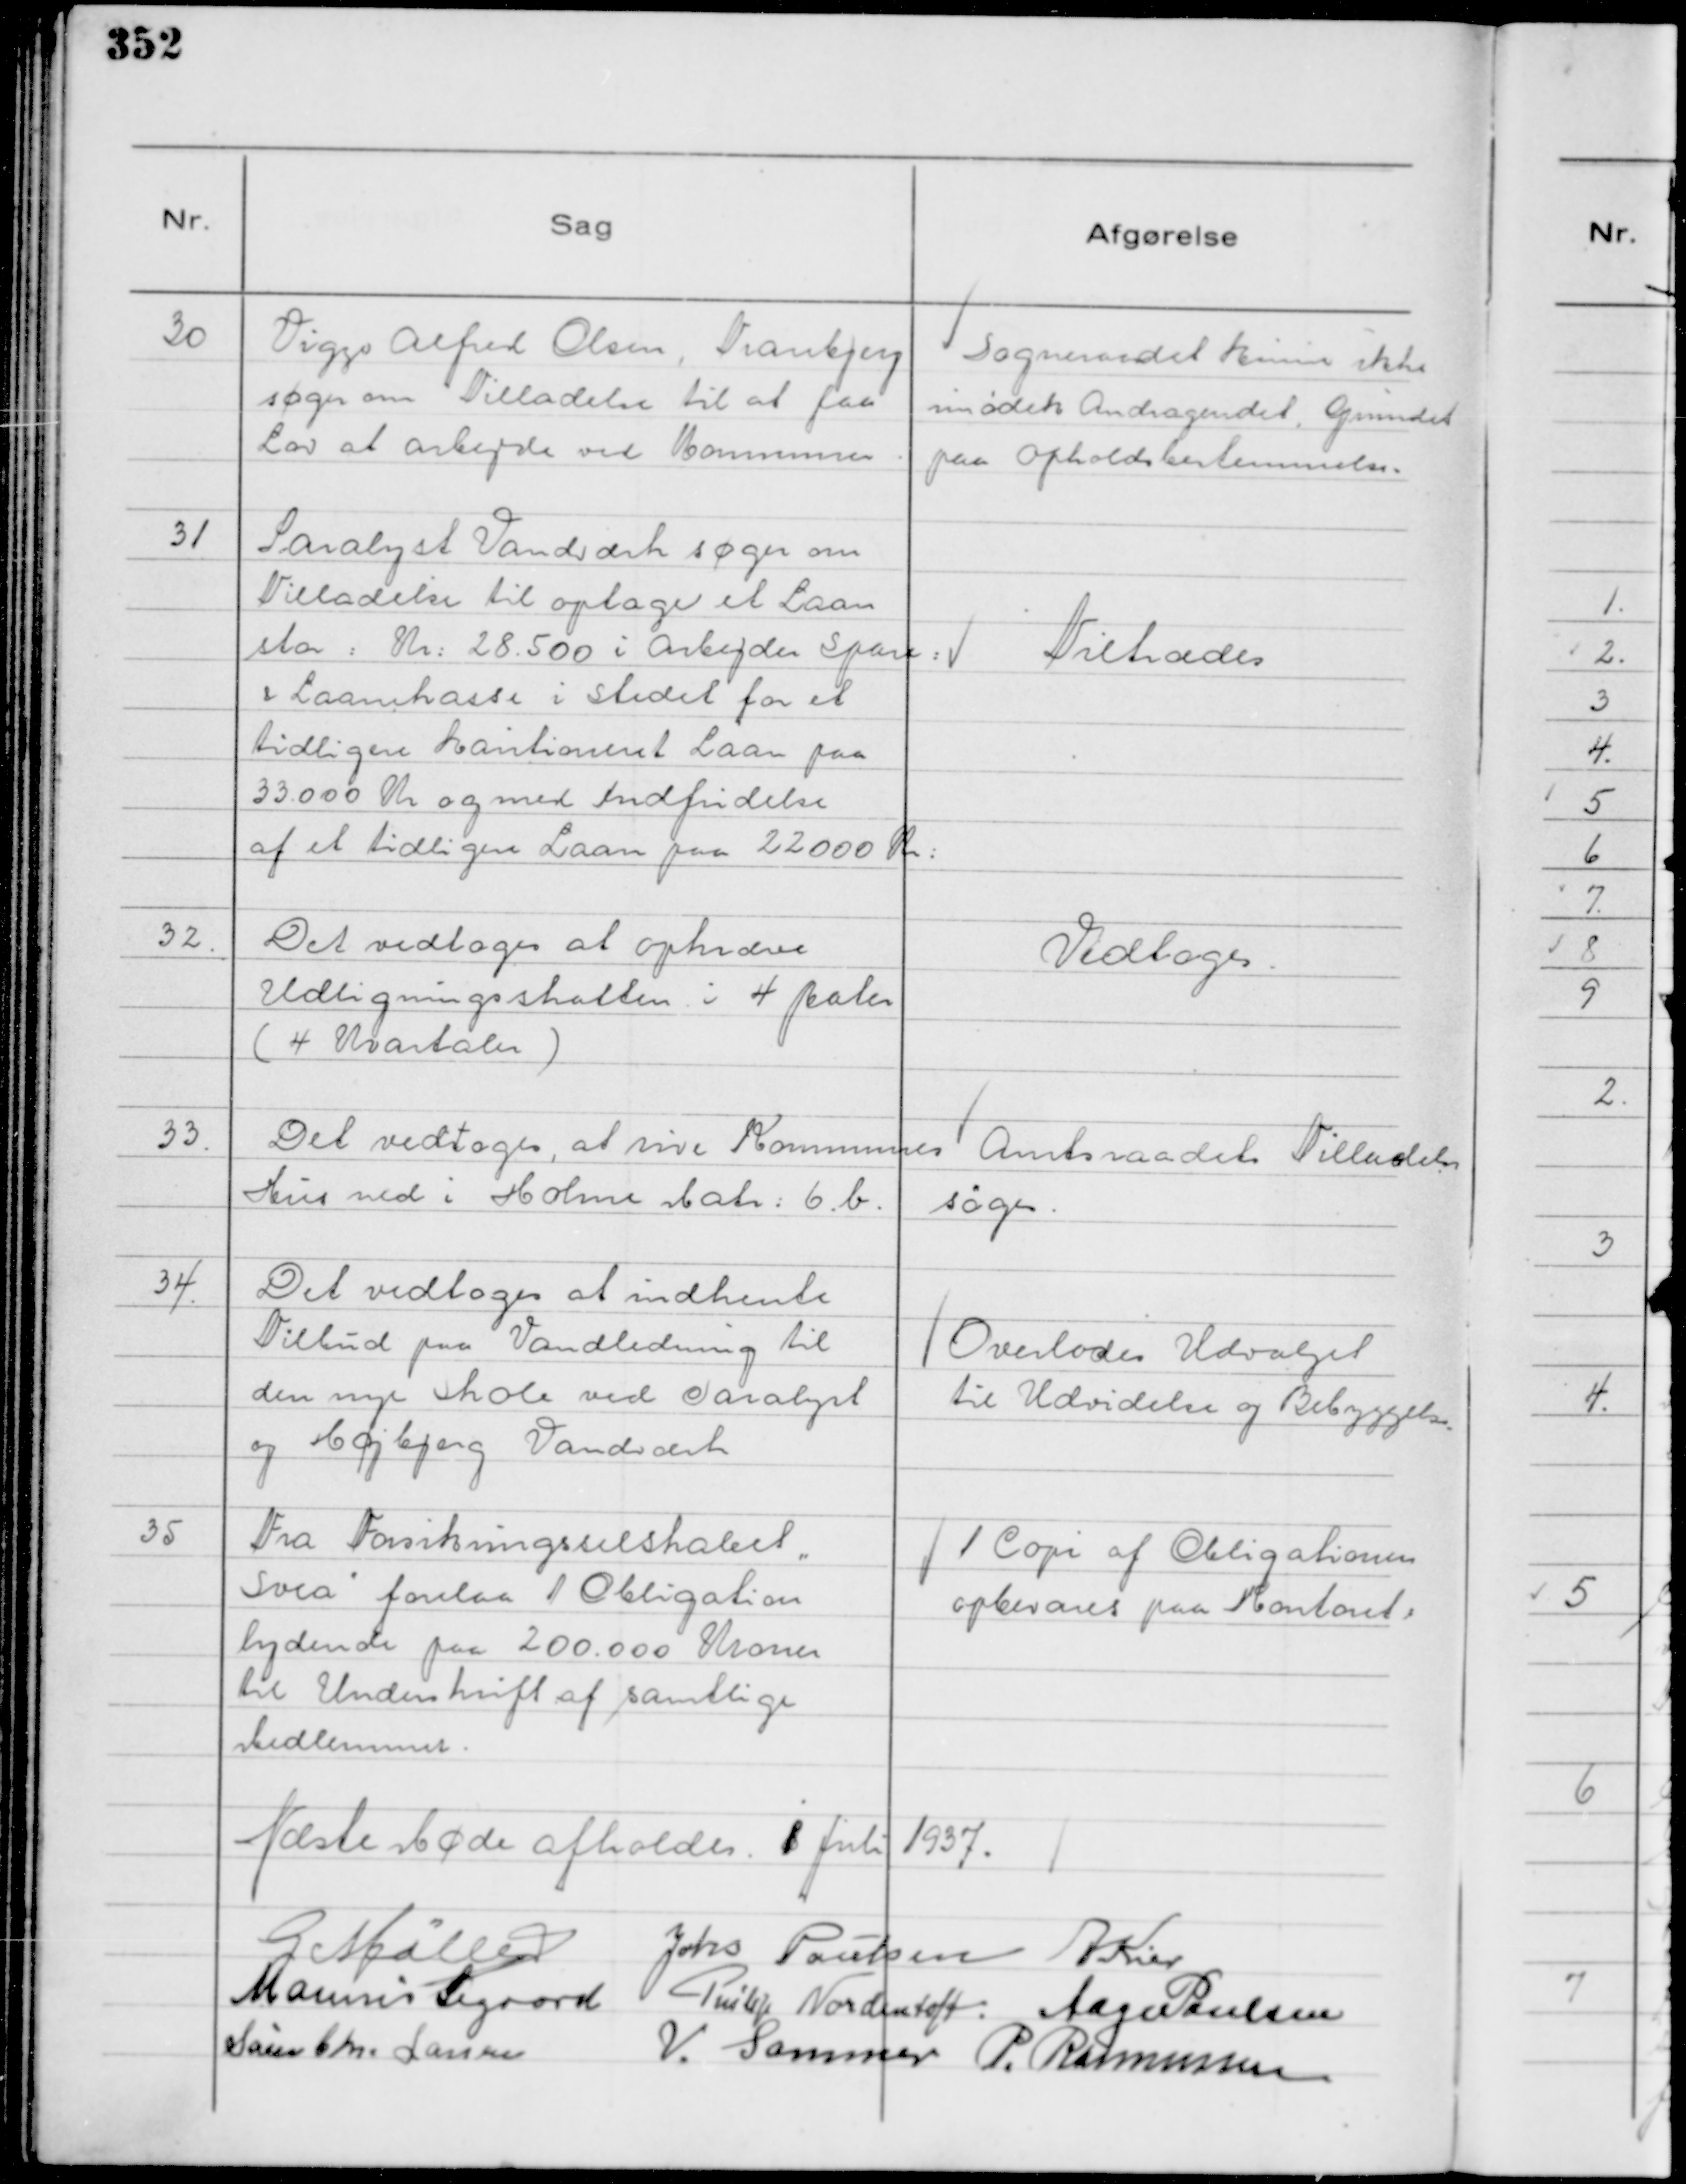
Transskription:
30
Viggo Alfred Olsen, Tranbjerg
søger om Tilladelse til at faa
Lov at arbejde ved Kommunen.

Sogneraadet kunne ikke
imødek Andragendet. Grundet
paa Opholdsbestemmelse.

31
Saralyst Vandværk søger om
Tilladelse til optage et Laan
stor: Kr: 28.500 i Arbejder Spare:
& Laanekasse i Stedet for et
tidligere kautioneret Laan paa
33.000 Kr og med Indfridelse
af et tidligere Laan paa 22000 Kr:

Tiltrædes

32.
Det vedtoges at opkræve
Udligningsskatten i 4 Rater
( 4 Kvartaler )

Vedtoges.

33.
Det vedtoges, at rive Kommunes
Hus ned i Holme Matr: 6. b.

Amtsraadets Tilladelse
søges.

34.
Det vedtoges at indhente
Tilbud paa Vandledning til
den nye Skole ved Saralyst
og Højbjerg Vandværk

Overlodes Udvalget
til Udvidelse og Bebyggelse.

35
Fra Forsikringsselskabet
"Svea"

forelaa 1 Obligation
lydende paa 200.000 Kroner
til Underskrift af samtlige
Medlemmer.

1 Copi af Obligationen
opbevares paa Kontoret:

Næste Møde afholdes 1 Juli 1937.

G Møller
Johs Poulsen
A Kier
Marinus Sigaard
Philip Nordentoft.
Aage Poulsen
Søren Chr. Larsen
V. Sommer
P. Rasmussen